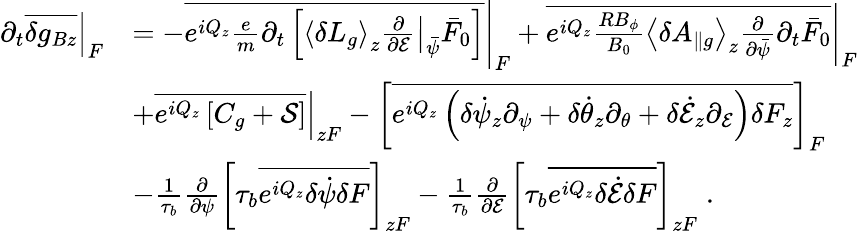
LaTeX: \begin{array}{rl}{\partial_{t}\left.\overline{{\delta g_{Bz}}}\right|_{F}}&{=-\left.\overline{{e^{iQ_{z}}\frac{e}{m}\partial_{t}\left[\left\langle\delta L_{g}\right\rangle_{z}\left.\frac{\partial}{\partial{\cal E}}\right|_{\bar{\psi}}\bar{F}_{0}\right]}}\right|_{F}+\left.\overline{{e^{iQ_{z}}\frac{RB_{\phi}}{B_{0}}\left\langle\delta A_{\parallel g}\right\rangle_{z}\frac{\partial}{\partial\bar{\psi}}\partial_{t}\bar{F}_{0}}}\right|_{F}}\\ &{+\left.\overline{{e^{iQ_{z}}\left[C_{g}+{\cal S}\right]}}\right|_{zF}-\left[\overline{{e^{iQ_{z}}\left(\delta\dot{\psi}_{z}\partial_{\psi}+\delta\dot{\theta}_{z}\partial_{\theta}+\delta\dot{\mathcal{E}}_{z}\partial_{\mathcal{E}}\right)\delta F_{z}}}\right]_{F}}\\ &{-\frac{1}{\tau_{b}}\frac{\partial}{\partial\psi}\left[\tau_{b}\overline{{e^{iQ_{z}}\delta\dot{\psi}\delta F}}\right]_{zF}-\frac{1}{\tau_{b}}\frac{\partial}{\partial{\cal E}}\left[\tau_{b}\overline{{e^{iQ_{z}}\delta\dot{\cal E}\delta F}}\right]_{zF}\; .}\end{array}